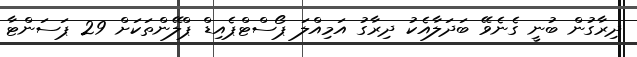
ދިރާގުން ބުނީ ގެނެވޭ ބަދަލާއެކު ދިރާގު އަމިއްލަ ޕޯސްޓްޕެއިޑް ޕްލޭންތަކަށް 29 ޕަސަންޓާ